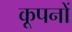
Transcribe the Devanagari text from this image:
कूपनों